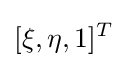
[\xi ,\eta ,1]^{T}